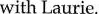
with Laurie.